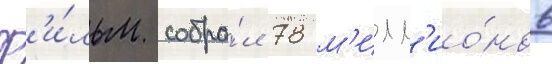
Ф'и́льм собра́л 78 м'илл'ио́нов